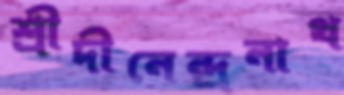
শ্রীদীনেন্দ্রনাথ